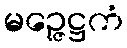
မဉ္ဇေဋ္ဌကံ